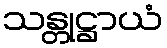
သန္တုဋ္ဌာယံ